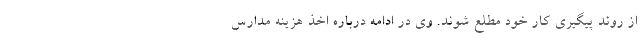
از روند پیگیری کار خود مطلع شوند. وی در ادامه درباره اخذ هزینه مدارس